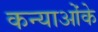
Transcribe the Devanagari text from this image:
कन्याओंके